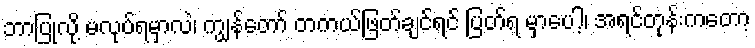
ဘာပြုလို့ မလုပ်ရမှာလဲ၊ ကျွန်တော် တကယ်ဖြတ်ချင်ရင် ပြတ်ရ မှာပေါ့၊ အရင်တုန်းကတော့